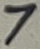
Text: 7